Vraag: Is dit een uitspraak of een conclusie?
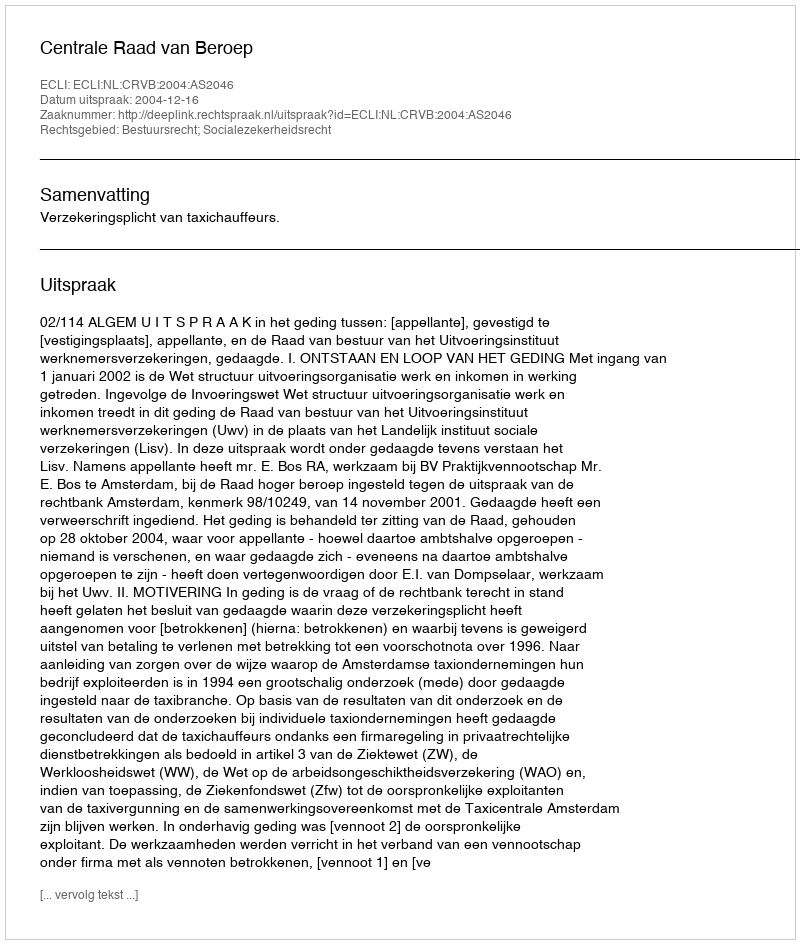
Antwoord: Uitspraak